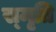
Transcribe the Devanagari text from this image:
स्‍मृति